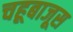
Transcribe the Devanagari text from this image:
चहूबाजूस